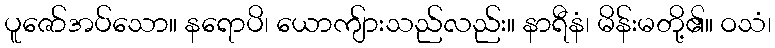
ပူဇော်အပ်သော။ နရောပိ၊ ယောကျ်ားသည်လည်း။ နာရီနံ၊ မိန်းမတို့၏။ ဝသံ၊